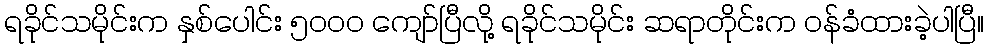
ရခိုင်သမိုင်းက နှစ်ပေါင်း ၅၀၀၀ ကျော်ပြီလို့ ရခိုင်သမိုင်း ဆရာတိုင်းက ဝန်ခံထားခဲ့ပါပြီ။